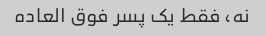
نه، فقط یک پسر فوق العاده